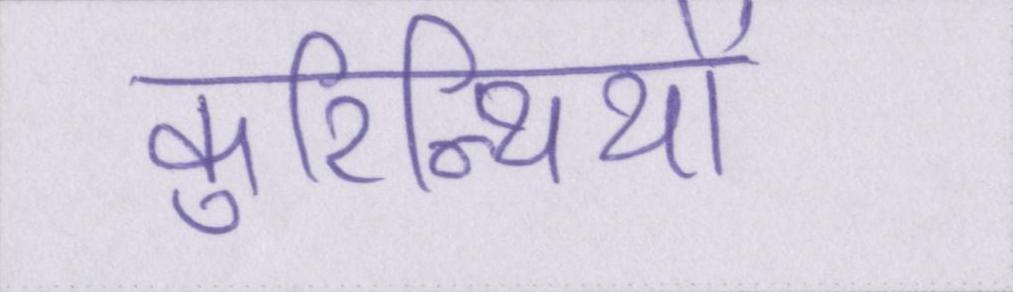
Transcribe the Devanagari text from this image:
कुरिन्थियों